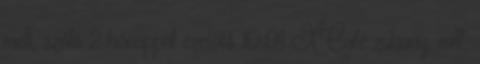
mell, szóló 2 hónappal ezelőtt 10:01 XCafe zuhany, milf,